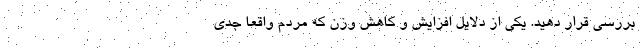
بررسی قرار دهید. یکی از دلایل افزایش و کاهش وزن که مردم واقعاً جدی